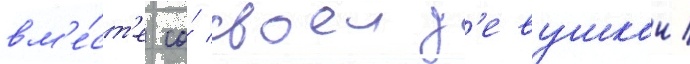
вм'е́ст'е со́ своеи д'евушкои